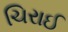
ચિરાઈ